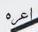
اعره